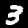
Digit: 3